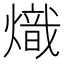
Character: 熾